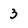
Character: 3